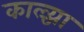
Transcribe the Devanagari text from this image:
काल्च्या